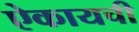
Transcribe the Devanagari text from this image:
ऐकायची